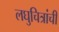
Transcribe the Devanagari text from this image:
लघुचित्रांची